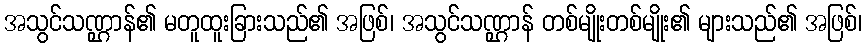
အသွင်သဏ္ဌာန်၏ မတူထူးခြားသည်၏ အဖြစ်၊ အသွင်သဏ္ဌာန် တစ်မျိုးတစ်မျိုး၏ များသည်၏ အဖြစ်၊